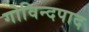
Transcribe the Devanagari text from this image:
गोविन्दपाद